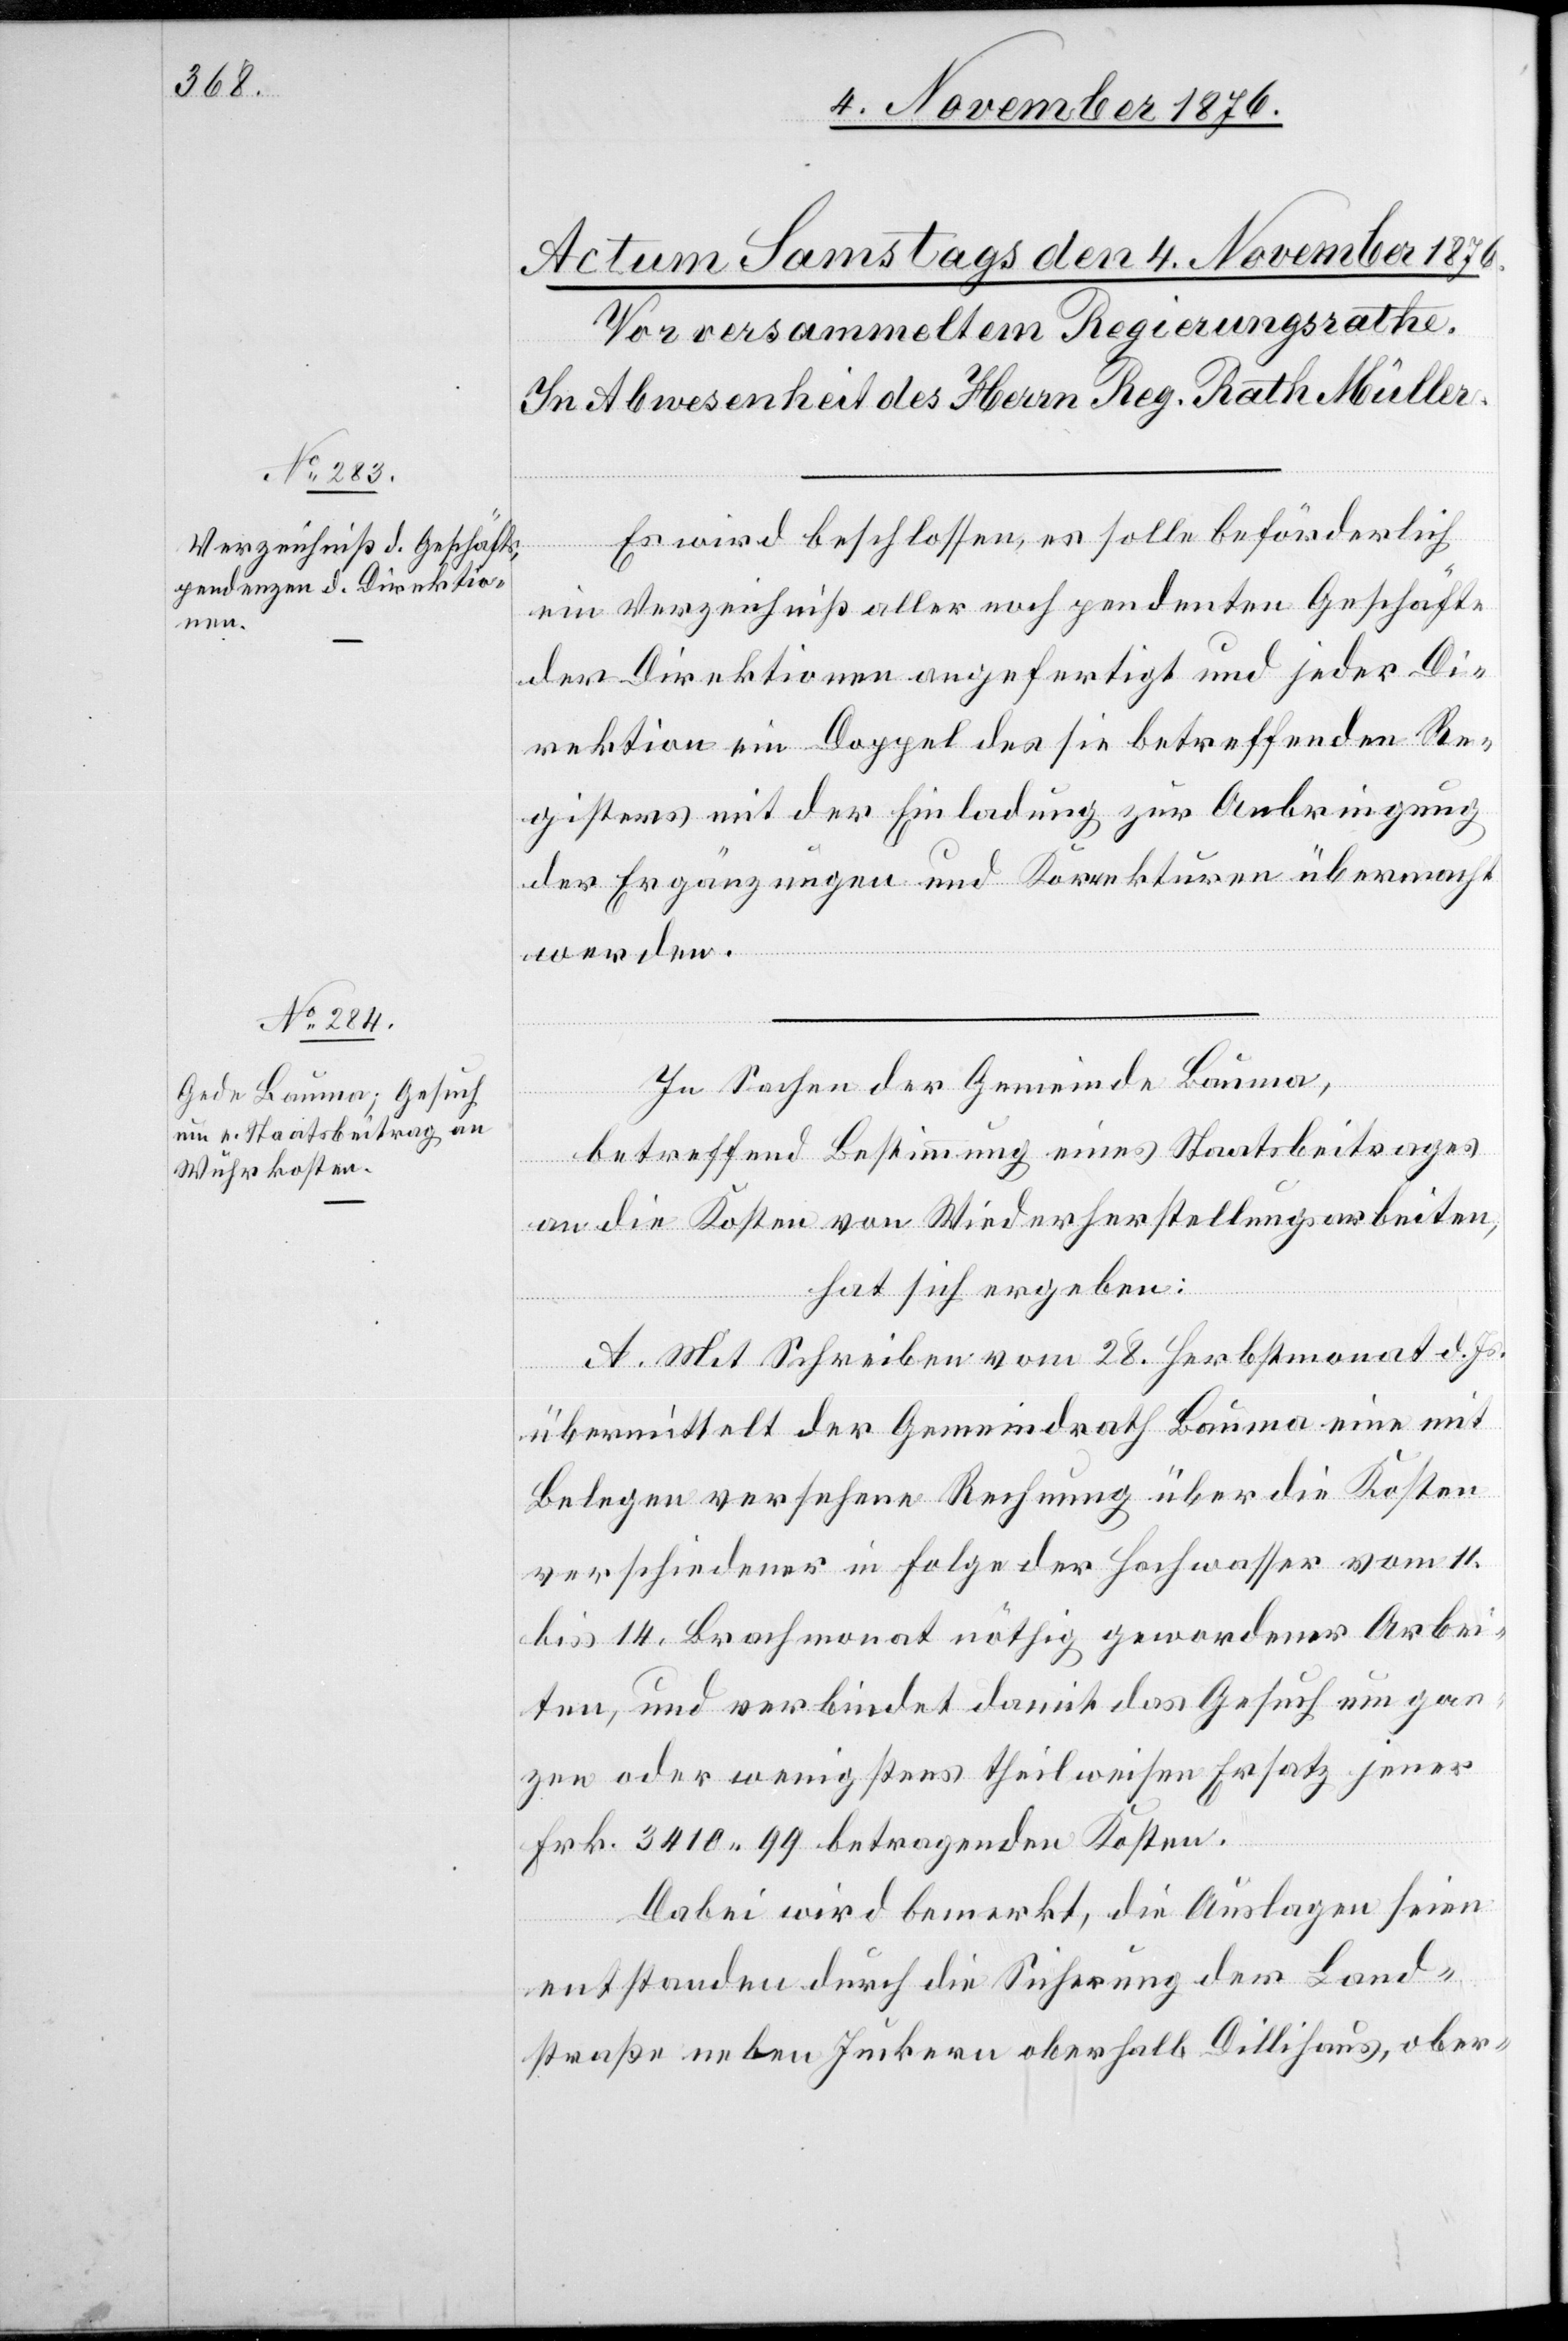
Es wird beschlossen, es solle beförderlich
ein Verzeichniß aller noch pendenten Geschäfte
der Direktionen angefertigt und jeder Di¬
rektion ein Doppel des sie betreffenden Re¬
gisters mit der Einladung zur Anbringung
der Ergänzungen und Korrekturen übermacht
werden.
In Sachen der Gemeinde Bauma,
betreffend Bestimmung eines Staatsbeitrages
an die Kosten von Wiederherstellungsarbeiten,
hat sich ergeben:
A. Mit Schreiben vom 28. Herbstmonat d.
Js.
übermittelt der Gemeindrath Bauma eine mit
Belegen versehene Rechnung über die Kosten
verschiedener in Folge der Hochwasser vom 11.
bis 14. Brachmonat nöthig gewordener Arbei¬
ten, und verbindet damit das Gesuch um gan¬
zen oder wenigstens theilweisen Ersatz jener
Frk. 3410 99 betragenden Kosten.
Dabei wird bemerkt, die Auslagen seien
entstanden durch die Sicherung der Land¬
straße neben Juckern oberhalb Dillihaus, ober-